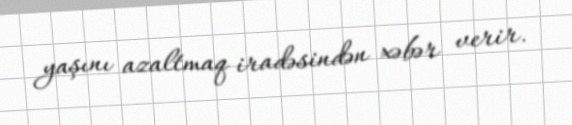
yaşını azaltmaq iradəsindən xəbər verir.